Indian journal of veterinary science and animal husbandry - Volumes 24-25, 1954-1955
Year: 1954
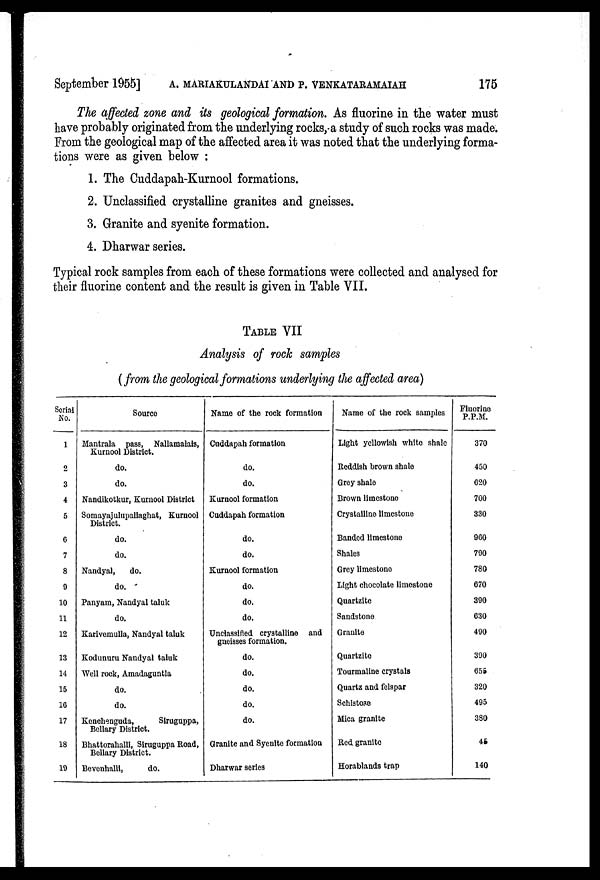
September 1955] A. MARIAKULANDAI AND P. VENKATARAMAIAH 175
The affected zone and its geological formation. As fluorine in the water must
have probably originated from the underlying rocks, a study of such rocks was made.
From the geological map of the affected area it was noted that the underlying forma-
tions were as given below :
1. The Cuddapah-Kurnool formations.
2. Unclassified crystalline granites and gneisses.
3. Granite and syenite formation.
4. Dharwar series.
Typical rock samples from each of these formations were collected and analysed for
their fluorine content and the result is given in Table VII.
TABLE VII
Analysis of rock samples
(from the geological formations underlying the affected area)
Serial
No.
1
2
3
4
5
6
7
8
9
10
11
12
13
14
15
16
17
18
19
Source
Mantrala pass, Nallamalais,
Kurnool District.
do.
do.
Nandikotkur, Kurnool District
Somayajulupallaghat, Kurnool
District.
do.
do.
Nandyal,
do.
do.
Panyam, Nandyal taluk
do.
Karivemulla, Nandyal taluk
Kodunuru Nandyal taluk
Well rock, Amadaguntla
do.
do.
Kenchenguda,
Siruguppa,
Bellary District.
Bhattorahalli, Siruguppa Road,
Bellary District.
Bevenhalli,
do.
Name of the rock formation
Cuddapah formation
do.
do.
Kurnool formation
Cuddapah formation
do.
do.
Kurnool formation
do.
do.
do.
Unclassified crystalline and
gneisses formation.
do.
do.
do.
do.
do.
Granite and Syenite formation
Dharwar series
Name of the rock samples
Light yellowish white shale
Reddish brown shale
Grey shale
Brown limestone
Crystalline limestone
Banded limestone
Shales
Grey limestone
Light chocolate limestone
Quartzite
Sandstone
Granite
Quartzite
Tourmaline crystals
Quartz and felspar
Schistose
Mica granite
Red granite
Horablands trap
Fluorine
P.P.M.
370
450
620
700
330
960
790
780
670
390
630
490
390
655
320
495
380
45
140